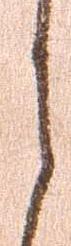
之